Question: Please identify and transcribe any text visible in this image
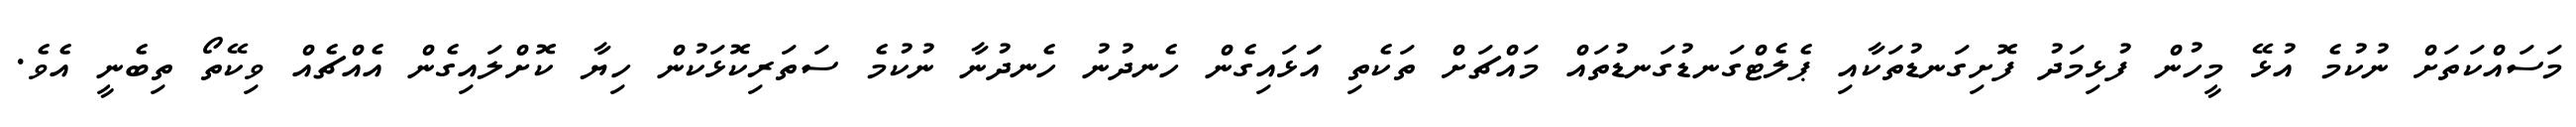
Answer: މަސައްކަތަށް ނުކުމެ އުޅޭ މީހުން ފުޅިމަދު ފޮށިގަނޑުތަކާއި ޕެލެޓްގަނޑުގަނޑުތައް މައްޗަށް ތަކެތި އަަޅައިގެން ހެނދުނު ހެނދުނާ ނުކުމެ ސަތަރިކޮޅަކުން ހިޔާ ކޮށްލައިގެން އެއްޗެއް ވިކޭތޯ ތިބެނީ އެވެ.